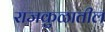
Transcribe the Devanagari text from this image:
राजकुळातील